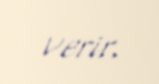
verir.